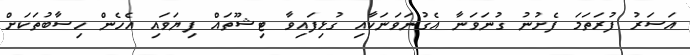
އަސަރު ފުރަތަމަ ފެށުނު ގުނަވަނާ އެގުނަވަނަކާއި ގުޅިފައިވާ ޓިޝޫތައް ފިޔަވައި އެހެން ހިސާބުތަކަށް